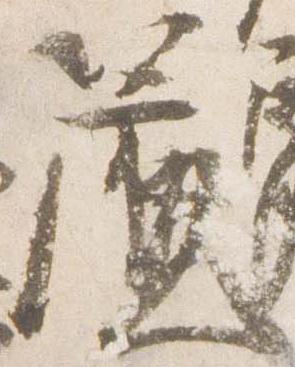
簾